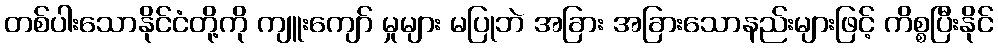
တစ်ပါးသောနိုင်ငံတို့ကို ကျူးကျော် မှုများ မပြုဘဲ အခြား အခြားသောနည်းများဖြင့် ကိစ္စပြီးနိုင်